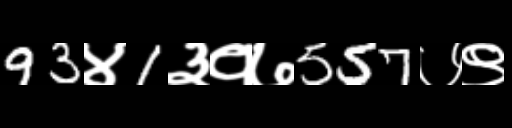
Text: 93४1३१७557७९